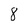
Character: 8